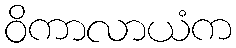
ဝိကာလာယံက